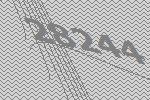
28244